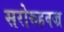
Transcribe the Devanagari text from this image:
सरोरुहवज्र